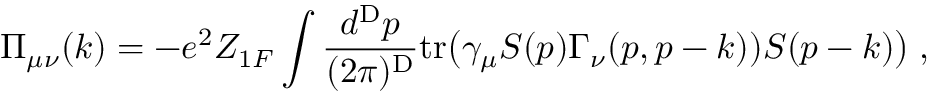
\Pi _ { \mu \nu } ( k ) = - e ^ { 2 } Z _ { 1 F } \int \frac { d ^ { \mathrm { D } } p } { ( 2 \pi ) ^ { \mathrm { D } } } \mathrm { t r } \bigl ( \gamma _ { \mu } S ( p ) \Gamma _ { \nu } ( p , p - k ) ) S ( p - k ) \bigr ) \; ,